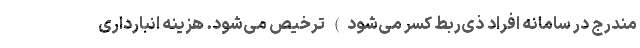
مندرج در سامانه افراد ذی‌ربط کسر می‌شود) ترخیص می‌شود. هزینه انبارداری